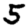
Digit: 5